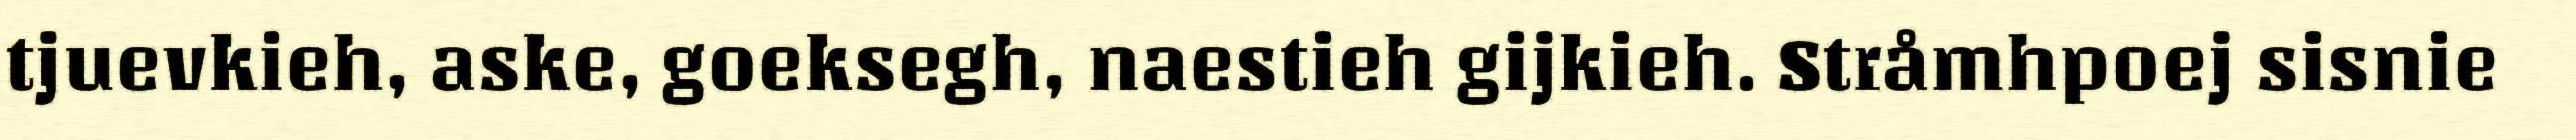
tjuevkieh, aske, goeksegh, naestieh gijkieh. Stråmhpoej sisnie